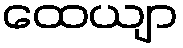
ထေယျာ